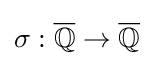
\sigma :{\overline {\mathbb {Q} }}\to {\overline {\mathbb {Q} }}